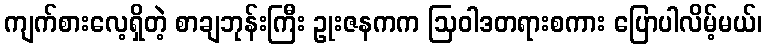
ကျက်စားလေ့ရှိတဲ့ စာချဘုန်းကြီး ဥုးဇနကက ဩဝါဒတရားစကား ပြောပါလိမ့်မယ်၊